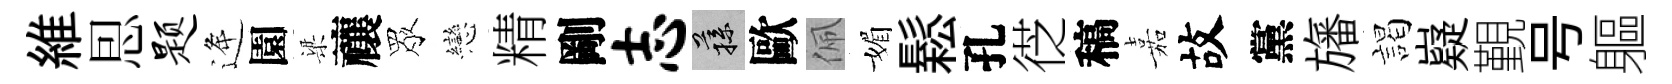
維㤙题逄園梁禳眾戀精剛志蓀歐佩媚鬆孔徔稿嘉故黨旛謁嶷覲号軀